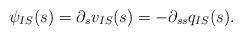
LaTeX: \begin{align*}\psi_{IS}(s) = \partial_{s} v_{IS}(s) = - \partial_{ss} q_{IS}(s).\end{align*}